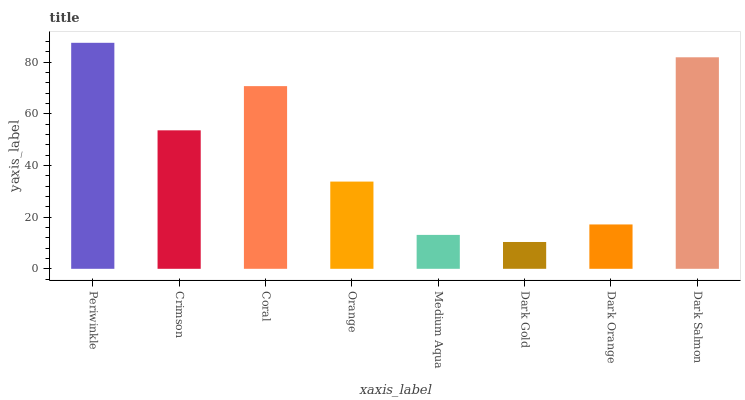
| xaxis_label | bars |
 | --- | --- |
 | Periwinkle | 87.4 |
 | Crimson | 53.6 |
 | Coral | 70.7 |
 | Orange | 33.7 |
 | Medium Aqua | 13.1 |
 | Dark Gold | 10.4 |
 | Dark Orange | 17.2 |
 | Dark Salmon | 81.8 |